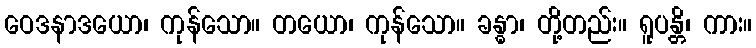
ဝေဒနာဒယော၊ ကုန်သော။ တယော၊ ကုန်သော။ ခန္ဓာ၊ တို့တည်း။ ရူပန္တိ၊ ကား။